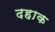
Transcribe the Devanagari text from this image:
दहाक